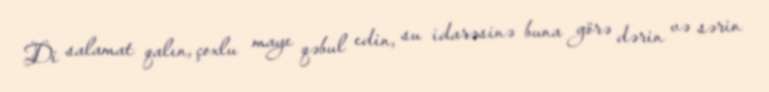
Di salamat qalın, çoxlu maye qəbul edin, su idarəsinə buna görə dərin və sərin